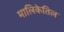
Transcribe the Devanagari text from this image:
मालिकेतिल